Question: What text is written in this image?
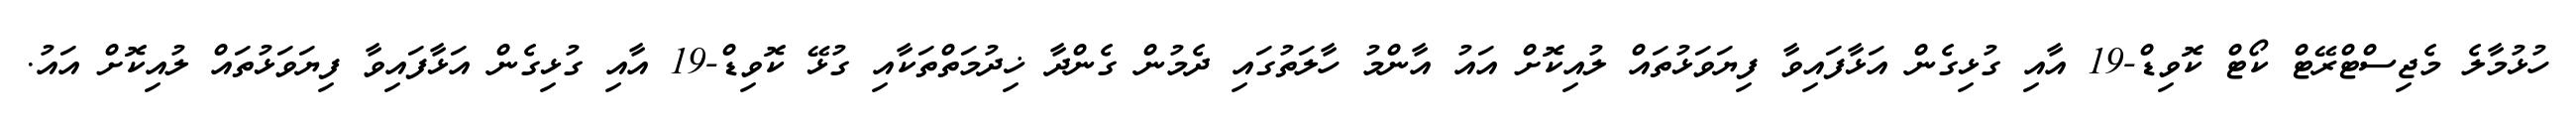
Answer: ހުޅުމާލެ މެޖިސްޓްރޭޓް ކޯޓް ކޮވިޑް-19 އާއި ގުޅިގެން އަޅާފައިވާ ފިޔަވަޅުތައް ލުއިކޮށް އައު އާންމު ހާލަތުގައި ދެމުން ގެންދާ ޚިދުމަތްތަކާއި ގުޅޭ ކޮވިޑް-19 އާއި ގުޅިގެން އަޅާފައިވާ ފިޔަވަޅުތައް ލުއިކޮށް އައު.